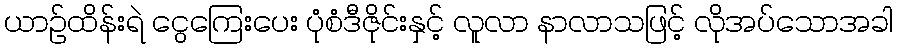
ယာဉ်ထိန်းရဲ ငွေကြေးပေး ပုံစံဒီဇိုင်းနှင့် လူလာ နာလာသဖြင့် လိုအပ်သောအခါ